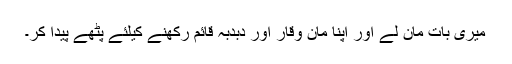
میری بات مان لے اور اپنا مان وقار اور دبدبہ قائم رکھنے کیلئے پٹھے پیدا کر۔